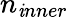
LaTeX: n_{\mathit{i}nner}